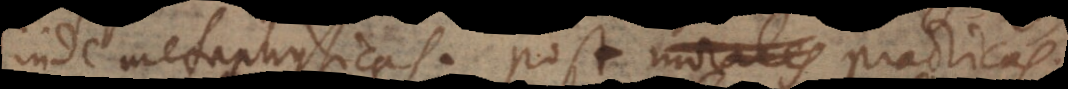
inde metaphysicas: post practicas;